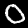
Label: 0